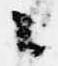
々